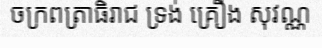
ចក្រពត្រាធិរាជ ទ្រង់ គ្រឿង សុវណ្ណ